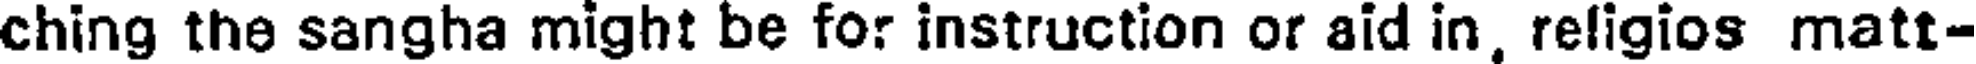
ching the sangha might be for instruction or aid in, religios matt-